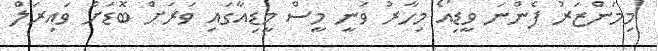
މިމަންޒަރު ފެންނަ ވީޑިއޯ މިހާރު ވަނީ މީސް މީޑިއާގައި ވަރަށް ބޮޑަށް ވައިރަލް